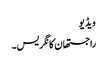
ویڈیو
راجستھان کانگریس۔